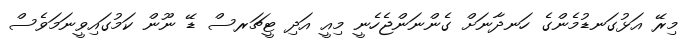
މިރޭ އަޅުގަނޑުމެންގެ ހަނދާނަށް ގެންނަންޖެހެނީ މިއީ އަދި ޓީޗަރސް ޑޭ ނޫން ކަމުގައިވީނަމަވެސް